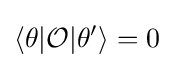
\langle \theta |{\mathcal {O}}|\theta '\rangle =0